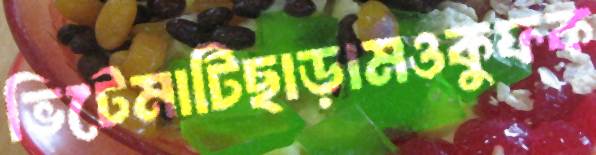
ভিটেমাটিছাড়ামওকুফক